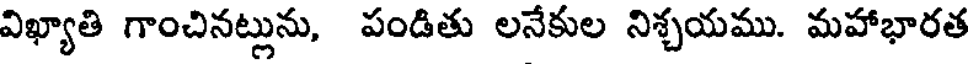
విఖ్యాతి గాంచినట్లును, పండితు లనేకుల నిశ్చయము. మహాభారత